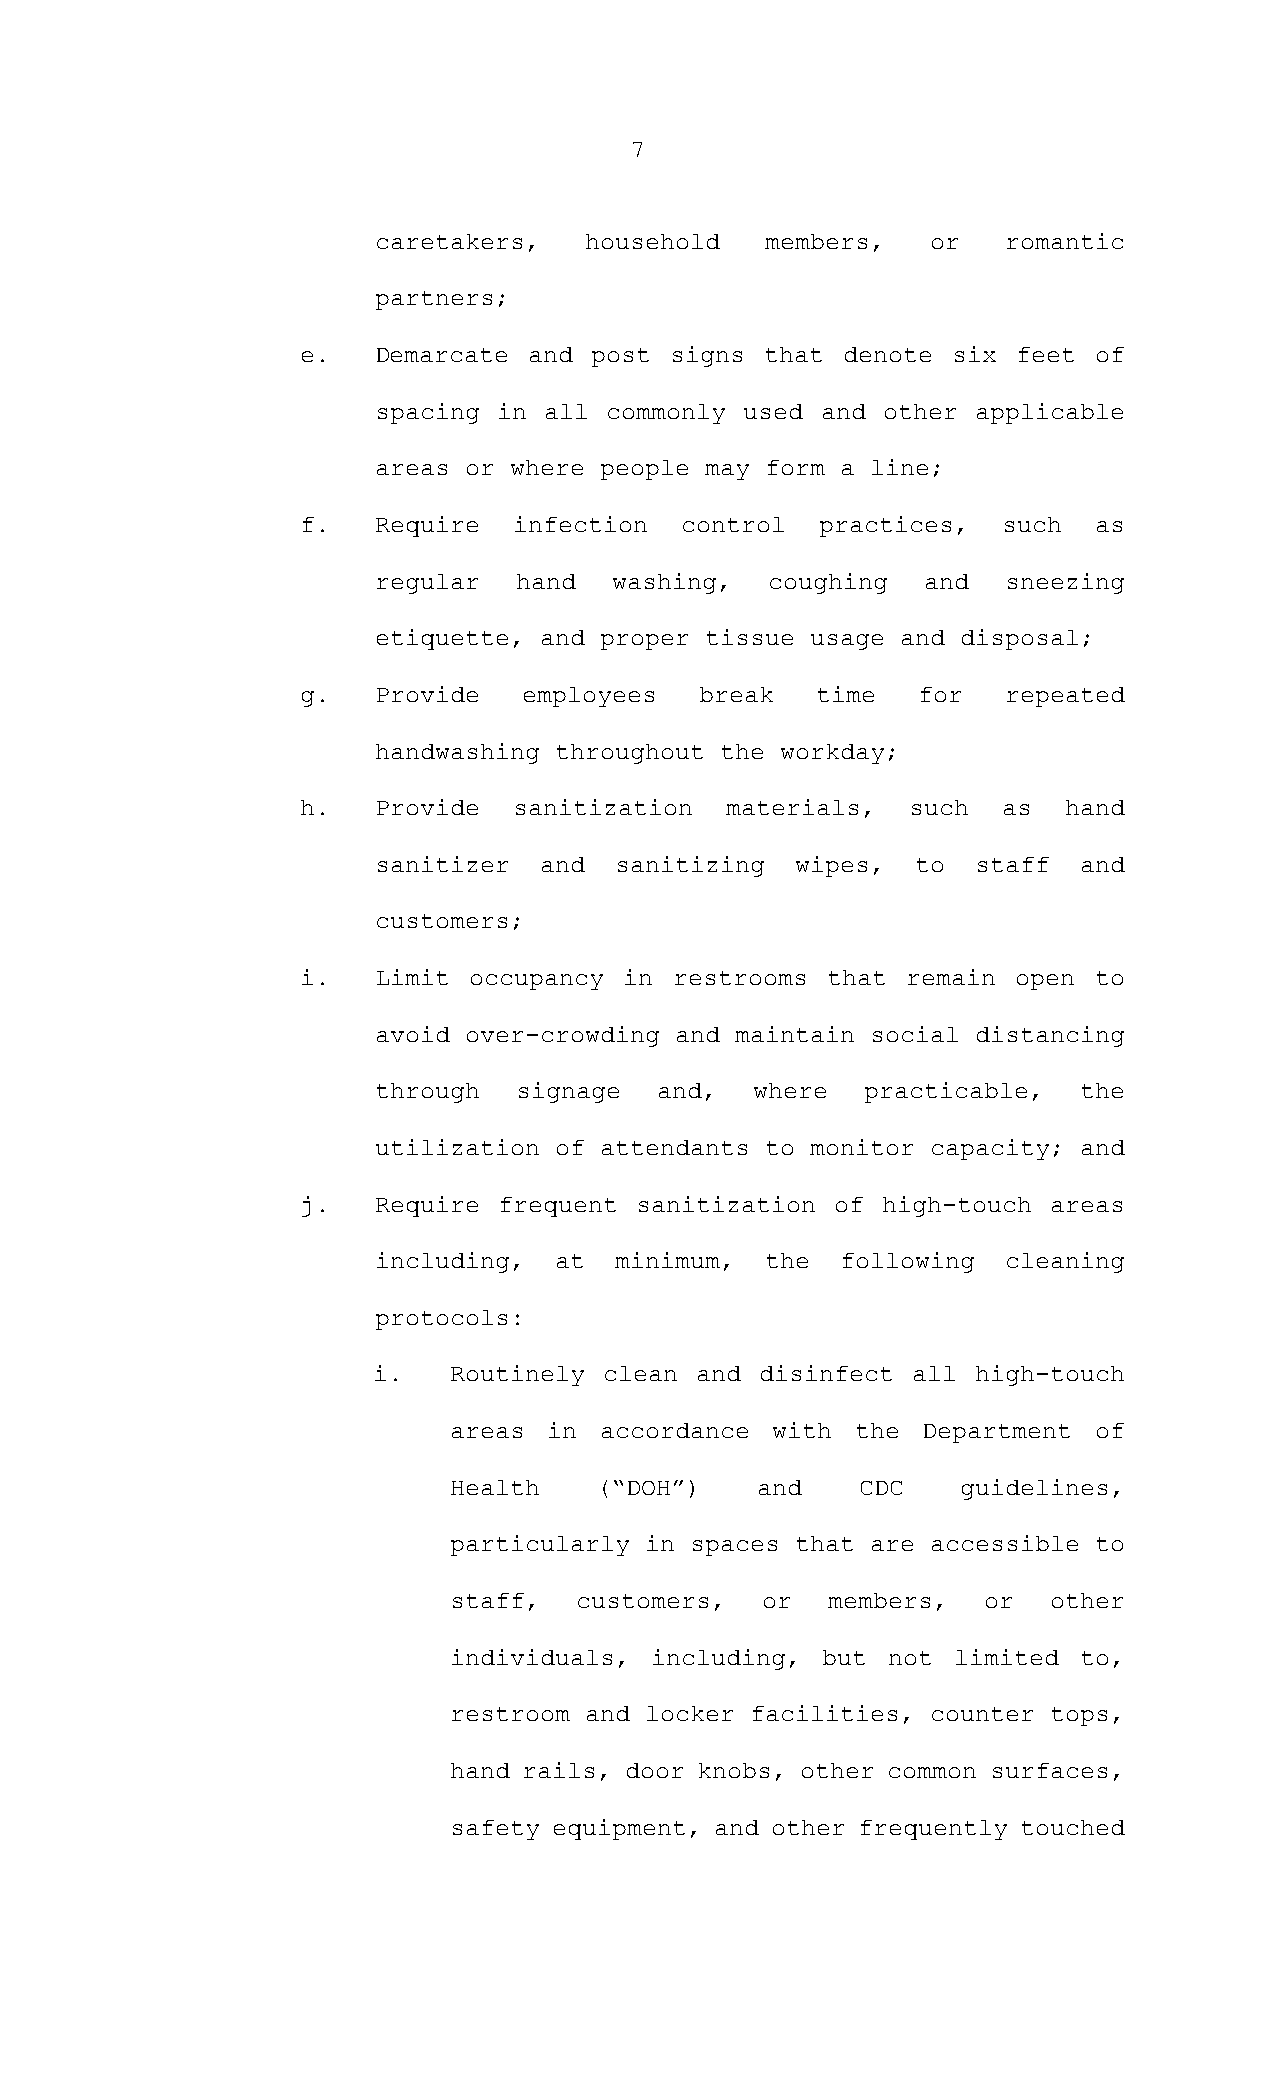
7
 caretakers,   household   members,   or   romantic
 partners;
 e.   Demarcate and post signs  that denote six feet of
 spacing in all commonly used and other  applicable
 areas or where people may form a line;
 f.   Require  infection  control  practices,  such  as
 regular  hand   washing,  coughing  and   sneezing
 etiquette, and proper tissue usage and disposal;
 g.   Provide   employees  break   time   for   repeated
 handwashing throughout the workday;
 h.   Provide  sanitization  materials,  such  as  hand
 sanitizer  and  sanitizing  wipes,  to  staff and
 customers;
 i.   Limit occupancy in  restrooms that remain open to
 avoid over-crowding and maintain social distancing
 through  signage  and,   where  practicable,  the
 utilization of attendants to monitor capacity; and
 j.   Require frequent sanitization of high-touch  areas
 including,  at  minimum,  the  following  cleaning
 protocols:
 i.   Routinely clean and disinfect all  high-touch
 areas in  accordance with  the Department of
 Health   (“DOH”)    and    CDC    guidelines,
 particularly in spaces that are accessible to
 staff,  customers,  or   members,  or   other
 individuals, including, but  not limited to,
 restroom and locker facilities, counter tops,
 hand rails, door knobs, other common surfaces,
 safety equipment, and other frequently touched